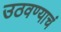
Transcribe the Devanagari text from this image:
उठवण्याचं